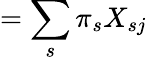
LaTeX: =\sum_{s}\pi_{s}X_{sj}